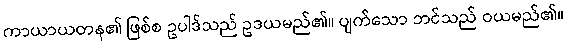
ကာယာယတန၏ ဖြစ်စ ဥပါဒ်သည် ဥဒယမည်၏။ ပျက်သော ဘင်သည် ဝယမည်၏။